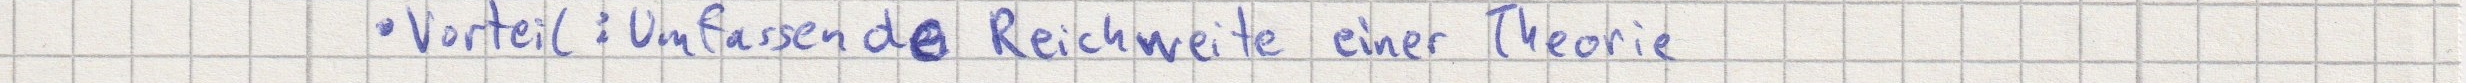
- Vorteil: Umfassende Reichweite einer Theorie